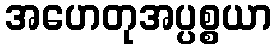
အဟေတုအပ္ပစ္စယာ